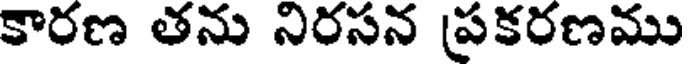
కారణ తను నిరసన ప్రకరణము